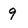
Character: 9